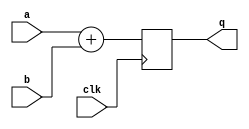
`define SIMULATION_MEMORY

module subfxp_18_1 (
	input [17:0] a,
	input [17:0] b,
	input clk,
	output [17:0] q
);

reg [17:0] res_0;
assign q = res_0;

always @(posedge clk) begin
	res_0 <= a + b;
end

endmodule